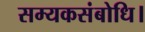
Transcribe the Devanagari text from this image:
सम्यकसंबोधि।